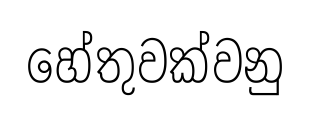
හේතුවක්වනු